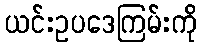
ယင်းဥပဒေကြမ်းကို